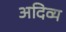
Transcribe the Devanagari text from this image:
अदिव्य